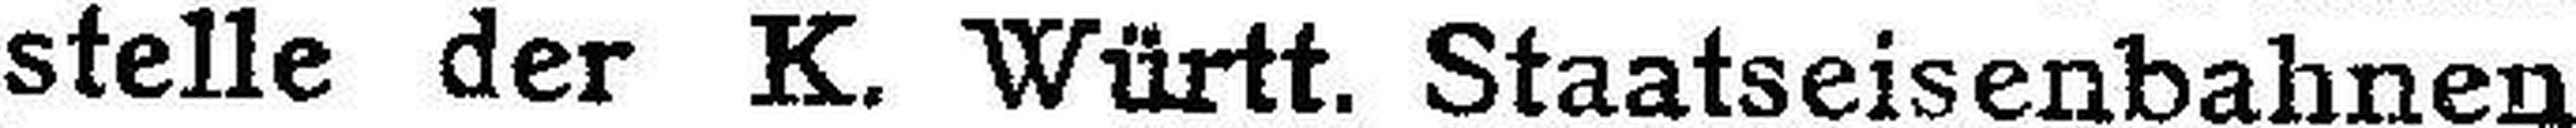
stelle der K. Württ. Staatseisenbahnen